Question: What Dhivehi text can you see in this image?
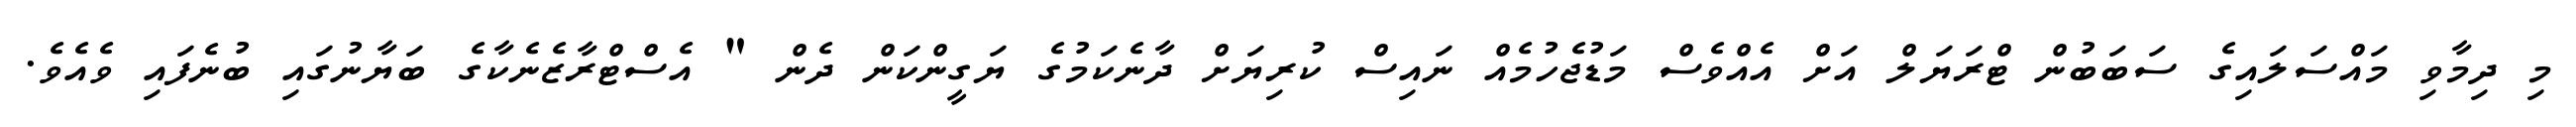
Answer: މި ދިމާވި މައްސަލައިގެ ސަބަބުން ޓްރަޔަލް އަށް އެއްވެސް މަޑުޖެހުމެއް ނައިސް ކުރިޔަށް ދާނެކަމުގެ ޔަގީންކަން ދެން " އެސްޓްރާޒެނެކާގެ ބަޔާނުގައި ބުނެފައި ވެއެވެ.